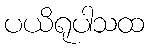
ပယိရုပါသထ